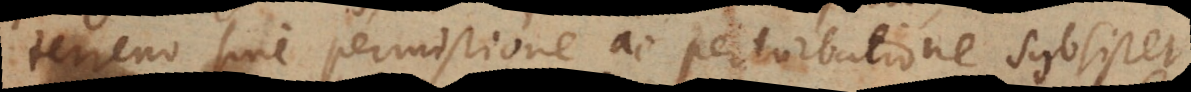
terreno sine permistione ac perturbatione subsistet